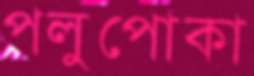
পলুপোকা